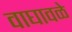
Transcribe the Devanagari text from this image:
वाघावळे